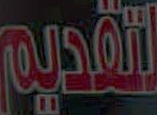
لتقديم